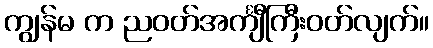
ကျွန်မ က ညဝတ်အင်္ကျီကြီးဝတ်လျက်။